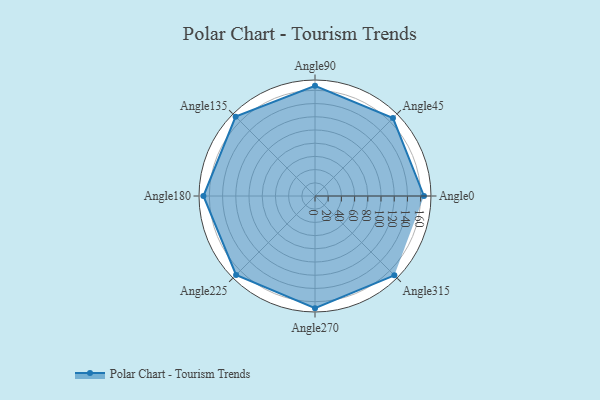
{"axis": {"x": "Angle", "y": "Radius"}, "legend": [""], "data": [{"x": "Angle0", "y": 165.0, "type": ""}, {"x": "Angle45", "y": 167.0, "type": ""}, {"x": "Angle90", "y": 167.0, "type": ""}, {"x": "Angle135", "y": 170, "type": ""}, {"x": "Angle180", "y": 169.0, "type": ""}, {"x": "Angle225", "y": 169.0, "type": ""}, {"x": "Angle270", "y": 170, "type": ""}, {"x": "Angle315", "y": 170, "type": ""}]}